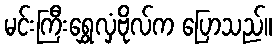
မင်းကြီးရွှေလှံဗိုလ်က ပြောသည်။